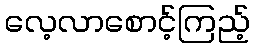
လေ့လာစောင့်ကြည့်